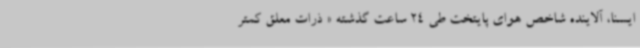
ایسنا، آلاینده شاخص هوای پایتخت طی 24 ساعت گذشته « ذرات معلق کمتر